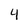
Character: 4